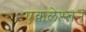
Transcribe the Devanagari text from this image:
एकलेस्तन